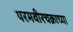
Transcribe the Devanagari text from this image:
परमवीरचक्राच्या